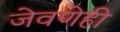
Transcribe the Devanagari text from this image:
जेवणेही